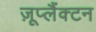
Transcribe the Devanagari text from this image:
ज़ूप्लैंक्टन